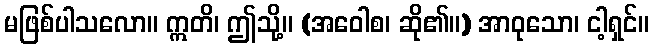
မဖြစ်ပါသလော။ ဣတိ၊ ဤသို့။ (အဝေါစ၊ ဆို၏။) အာဝုသော၊ ငါ့ရှင်။